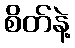
စိတ်နဲ့